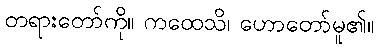
တရားတော်ကို။ ကထေသိ၊ ဟောတော်မူ၏။